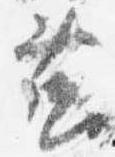
筥